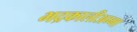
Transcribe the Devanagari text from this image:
भद्रकालीअम्मा